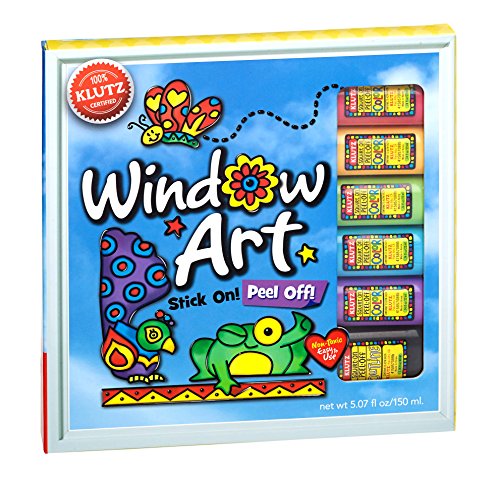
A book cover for Klutz Window Art Craft Kit; The Editors of Klutz; Children's Books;